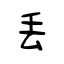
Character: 丢